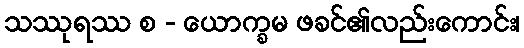
သဿုရဿ စ - ယောက္ခမ ဖခင်၏လည်းကောင်း၊